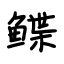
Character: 鲽